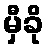
မှီခို